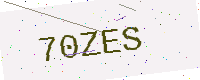
Text: 70ZES